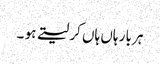
ہر بار ہاں ہاں کر لیتے ہو ۔